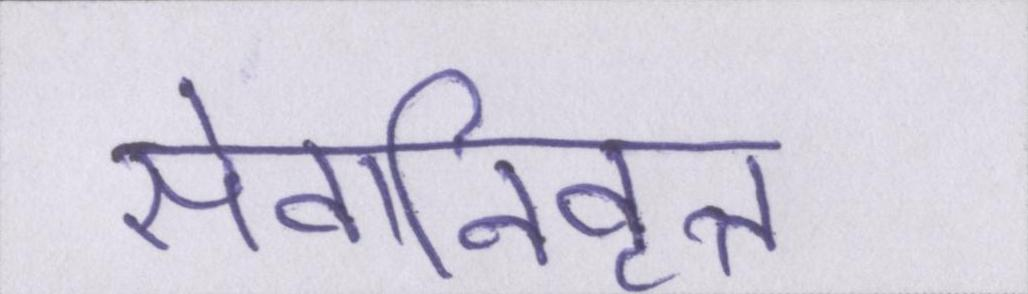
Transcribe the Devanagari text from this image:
सेवानिवृत्त